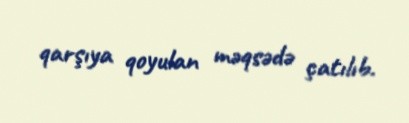
qarşıya qoyulan məqsədə çatılıb.